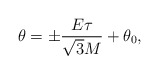
\begin{align*}\theta = \pm \frac{E\tau}{\sqrt{3}M} + \theta_{0} ,\end{align*}